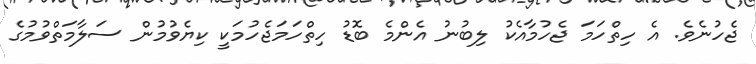
ޖެހުނެވެ. އެ ހިތްހަމަ ޖެހުމާއެކު ލިބުނު އެންމެ ބޮޑު ހިތްހަމަޖެހުމަކީ ކިޔެވުމުން ސަލާމަތްވުމުގެ